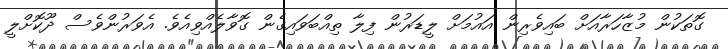
ގޮތަކުން މުޒާހަރާއަށް ބައިވެރިން އައުމަށް ލީޑަރުން ފިލާ ތިއްބަވައިގެން ގޮވާލެއްވިއެވެ. އެވަރުންވެސް ދޫކޮށްލީ